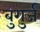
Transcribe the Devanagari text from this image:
बुगुर्ज